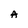
Character: A